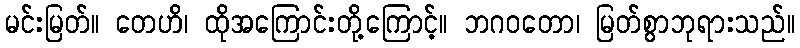
မင်းမြတ်။ တေဟိ၊ ထိုအကြောင်းတို့ကြောင့်။ ဘဂဝတော၊ မြတ်စွာဘုရားသည်။